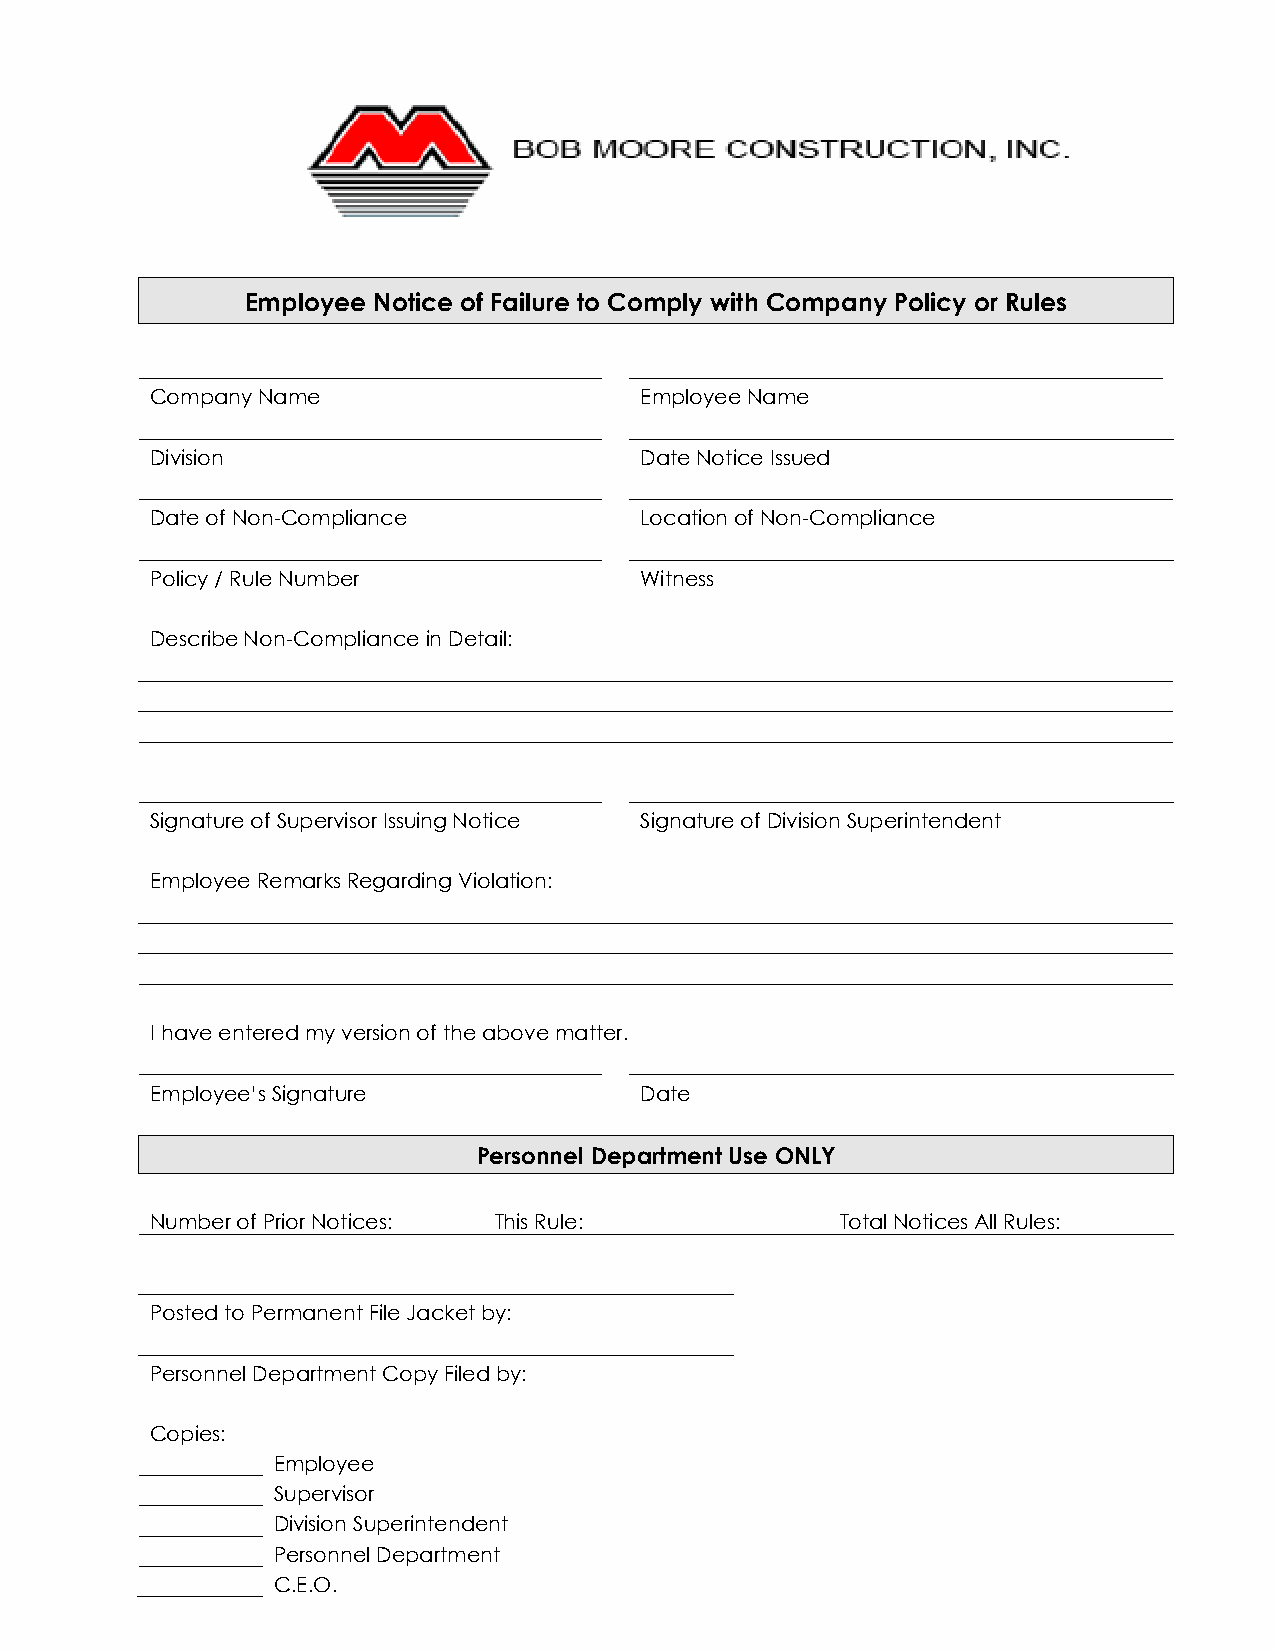
Employee Notice of Failure to Comply with Company Policy or Rules
 Company Name                    Employee Name
 Division                        Date Notice Issued
 Date of Non-Compliance          Location of Non-Compliance
 Policy / Rule Number            Witness
 Describe Non-Compliance in Detail:
 Signature of Supervisor Issuing Notice Signature of Division Superintendent
 Employee Remarks Regarding Violation:
 I have entered my version of the above matter.
 Employee’s Signature            Date
 Personnel Department Use ONLY
 Number of Prior Notices: This Rule:           Total Notices All Rules:
 Posted to Permanent File Jacket by:
 Personnel Department Copy Filed by:
 Copies:
 Employee
 Supervisor
 Division Superintendent
 Personnel Department
 C.E.O.